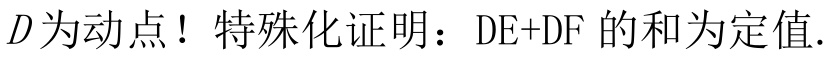
\(D\)为动点！特殊化证明：\(DE + DF\)的和为定值.